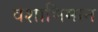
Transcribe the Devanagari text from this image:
वंशाभिमान